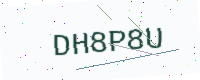
Text: DH8P8U